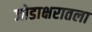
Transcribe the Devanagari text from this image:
जोडाक्षरातला